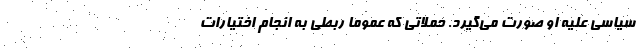
سیاسی علیه او صورت می‌گیرد. حملاتی که عموماً ربطی به انجام اختیارات